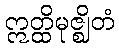
ဣတ္ထိမုဇ္ဈိတံ